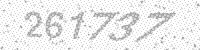
Solution: 261737